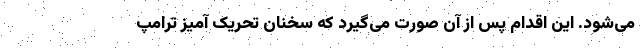
می‌شود. این اقدام پس از آن صورت می‌گیرد که سخنان تحریک‌ آمیز ترامپ